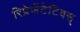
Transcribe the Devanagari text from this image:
रिप्रेजेंटेटिवस्